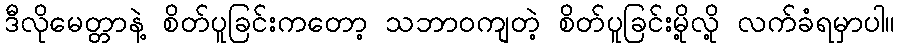
ဒီလိုမေတ္တာနဲ့ စိတ်ပူခြင်းကတော့ သဘာဝကျတဲ့ စိတ်ပူခြင်းမို့လို့ လက်ခံရမှာပါ။